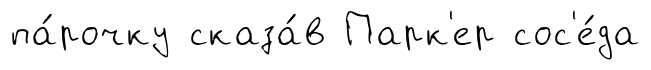
па́рочку сказа́в Парк'ер сос'е́да